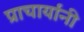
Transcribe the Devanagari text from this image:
प्राचार्यांनी